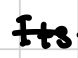
Text: Its
Cross-out: single-line
Writing tool: digital_black